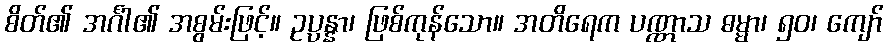
စိတ်၏ အင်္ဂါ၏ အစွမ်းဖြင့်။ ဥပ္ပန္နာ၊ ဖြစ်ကုန်သော။ အတိရေက ပဏ္ဏာသ ဓမ္မာ၊ ၅၀၊ ကျော်